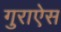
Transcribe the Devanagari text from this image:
गुराऐस